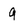
Character: 9